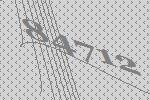
84712